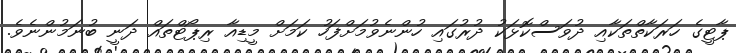
ޕާޓީގެ ހަރަކާތްތަކާއި ދުވަސްކޮޅަކު ދުރުގައި ހުންނެވުމަށްފަހު ކަމަށް މީޑިއާ ރިޕޯޓްތައް ދަނީ ބުނަމުންނެވެ.